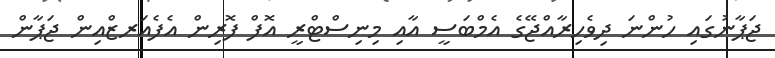
ޖަޕާނުގައި ހުންނަ ދިވެހިރާއްޖޭގެ އެމްބަސީ އާއި މިނިސްޓްރީ އޮފް ފޮރިން އެފެއަރޒްއިން ޖަޕާން